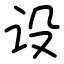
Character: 设